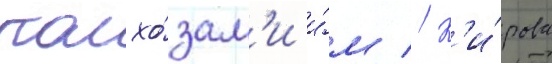
колхо́зам'и и́м // К'и́рова